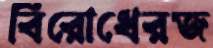
বিরোধেরজ